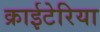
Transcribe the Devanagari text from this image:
क्राईटेरिया